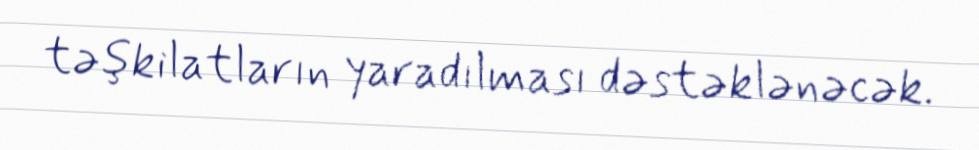
təşkilatların yaradılması dəstəklənəcək.